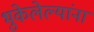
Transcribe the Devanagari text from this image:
भुकेलेल्यांना